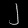
Digit: ၂